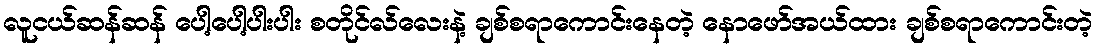
လူငယ်ဆန်ဆန် ပေါ့ပေါ့ပါးပါး စတိုင်လ်လေးနဲ့ ချစ်စရာကောင်းနေတဲ့ နောဖော်အယ်ထား ချစ်စရာကောင်းတဲ့